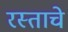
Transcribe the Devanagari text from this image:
रस्ताचे